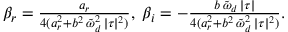
\begin{array} { r } { \beta _ { r } = \frac { a _ { r } } { 4 ( a _ { r } ^ { 2 } + b ^ { 2 } \, \tilde { \omega } _ { d } ^ { 2 } \, \lvert \tau \rvert ^ { 2 } ) } , \; \beta _ { i } = - \frac { b \, \tilde { \omega } _ { d } \, \lvert \tau \rvert } { 4 ( a _ { r } ^ { 2 } + b ^ { 2 } \, \tilde { \omega } _ { d } ^ { 2 } \, \lvert \tau \rvert ^ { 2 } ) } . } \end{array}